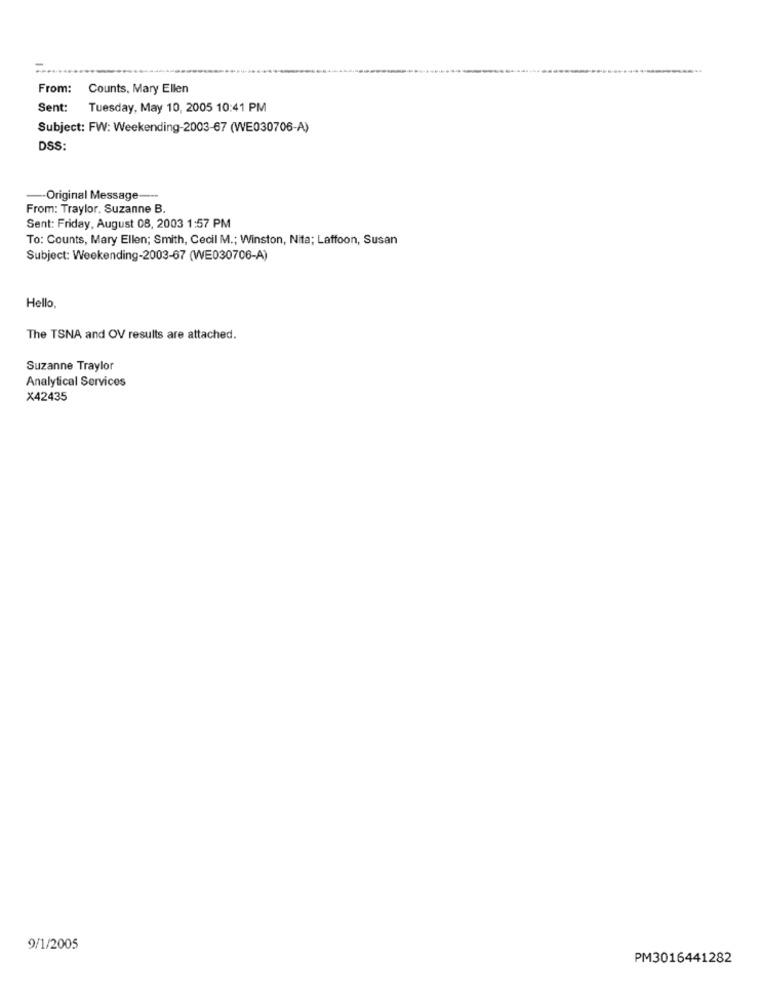
From:
Counts, Mary Ellen
Sent: Tuesday, May 10, 2005 10:41 PM
Subject: FW: Weekending-2003-67 (WE030706-A)
DSS:
-- Original Message-
From: Traylor. Suzanne B.
Sent: Friday, August 08, 2003 1:57 PM
To: Counts, Mary Ellen; Smith, Cecil M .; Winston, Nita; Laffoon, Susan
Subject: Weekending-2003-67 (WE030706-A)
Hello,
The TSNA and OV results are attached.
Suzanne Traylor
Analytical Services
X42435
9/1/2005
PM3016441282